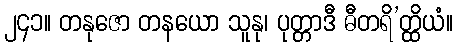
၂၄၁။ တနုဇော တနယော သူနု၊ ပုတ္တာဒီ ဓီတရိ’တ္ထိယံ။